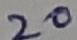
Text: 20